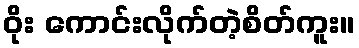
ဝိုး ကောင်းလိုက်တဲ့စိတ်ကူး။